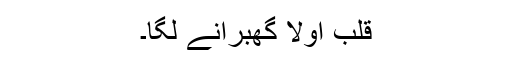
قلب اولاً گھبرانے لگا۔